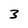
Character: 3